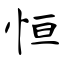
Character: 恒